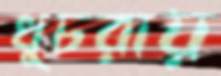
খুচরায়